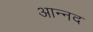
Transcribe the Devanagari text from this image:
आन्‍नद